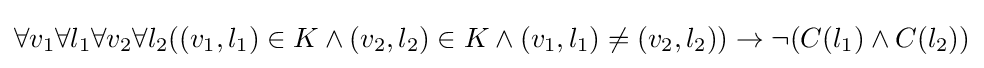
\forall v_{1}\forall l_{1}\forall v_{2}\forall l_{2}((v_{1},l_{1})\in K\land (v_{2},l_{2})\in K\land (v_{1},l_{1})\neq (v_{2},l_{2}))\to \neg (C(l_{1})\land C(l_{2}))